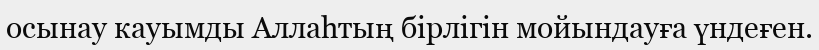
осынау кауымды Аллаһтың бірлігін мойындауға үндеғен.